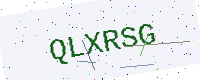
Text: QLXRSG